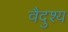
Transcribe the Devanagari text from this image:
वैदुश्य